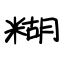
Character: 糊